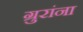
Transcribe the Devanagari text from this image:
ग्रुरांना